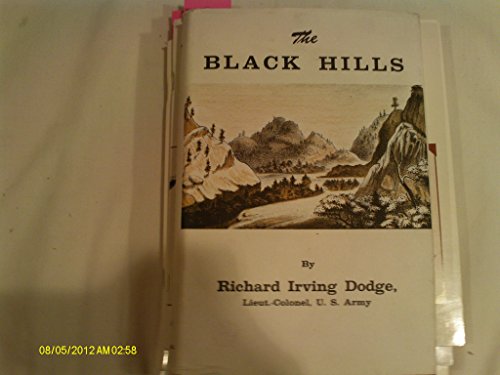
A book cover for The Black Hills: A minute description of the routes, scenery, soil, climate, timber, gold, geology, zooÃEËElogy, with an accurate map, four sectional ... plates from photographs, taken on the spot; Richard Irving Dodge; Travel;